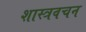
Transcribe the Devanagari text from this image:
शास्त्रवचन